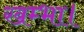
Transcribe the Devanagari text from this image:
खम्भा।